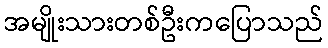
အမျိုးသားတစ်ဦးကပြောသည်